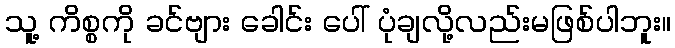
သူ့ ကိစ္စကို ခင်ဗျား ခေါင်း ပေါ် ပုံချလို့လည်းမဖြစ်ပါဘူး။